On the morphology, teratology, and diclinism of the flowers of cannabis - Number 12
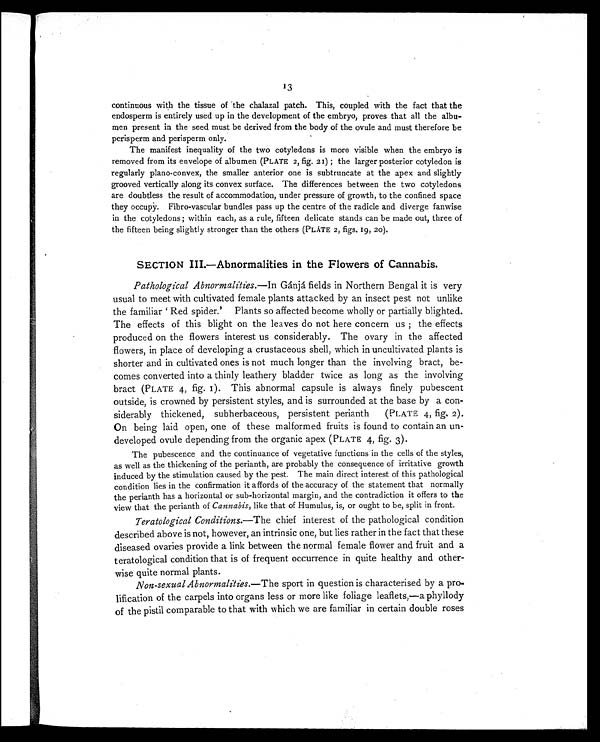
13
continuous with the tissue of the chalazal patch. This, coupled with the fact that the
endosperm is entirely used up in the development of the embryo, proves that all the albu-
men present in the seed must be derived from the body of the ovule and must therefore be
perisperm and perisperm only.
The manifest inequality of the two cotyledons is more visible when the embryo is
removed from its envelope of albumen (PLATE 2, fig. 21) ; the larger posterior cotyledon is
regularly plano-convex, the smaller anterior one is subtruncate at the apex and slightly
grooved vertically along its convex surface. The differences between the two cotyledons
are doubtless the result of accommodation, under pressure of growth, to the confined space
they occupy. Fibro-vascular bundles pass up the centre of the radicle and diverge fanwise
in the cotyledons ; within each, as a rule, fifteen delicate stands can be made out, three of
the fifteen being slightly stronger than the others (PLATE 2, figs. 19, 20).
SECTION III.—Abnormalities in the Flowers of Cannabis.
Pathological Abnormalities. —In Gánjá fields in Northern Bengal it is very
usual to meet with cultivated female plants attacked by an insect pest not unlike
the familiar ' Red spider.' Plants so affected become wholly or partially blighted.
The effects of this blight on the leaves do not here concern us ; the effects
produced on the flowers interest us considerably. The ovary in the affected
flowers, in place of developing a crustaceous shell, which in uncultivated plants is
shorter and in cultivated ones is not much longer than the involving bract, be-
comes converted into a thinly leathery bladder twice as long as the involving
bract (PLATE 4, fig. 1). This abnormal capsule is always finely pubescent
outside, is crowned by persistent styles, and is surrounded at the base by a con-
siderably thickened, subherbaceous, persistent perianth (PLATE 4, fig. 2).
On being laid open, one of these malformed fruits is found to contain an un-
developed ovule depending from the organic apex (PLATE 4, fig. 3).
The pubescence and the continuance of vegetative functions in the cells of the styles,
as well as the thickening of the perianth, are probably the consequence of irritative growth
induced by the stimulation caused by the pest. The main direct interest of this pathological
condition lies in the confirmation it affords of the accuracy of the statement that normally
the perianth has a horizontal or sub-horizontal margin, and the contradiction it offers to the
view that the perianth of Cannabis, like that of Humulus, is, or ought to be, split in front.
Teratological Conditions. —The chief interest of the pathological condition
described above is not, however, an intrinsic one, but lies rather in the fact that these
diseased ovaries provide a link between the normal female flower and fruit and a
teratological condition that is of frequent occurrence in quite healthy and other-
wise quite normal plants.
Non-sexual Abnormalities. —The sport in question is characterised by a pro-
lification of the carpels into organs less or more like foliage leaflets,—a phyllody
of the pistil comparable to that with which we are familiar in certain double roses